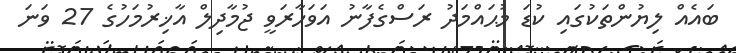
ބައެއް ލިޔުންތަކުގައި ކުޑަ މުޙައްމަދު ރަސްގެފާނު އަވަހާރަވީ ޖުމާދިލް އާޚިރުމަހުގެ 27 ވަނަ